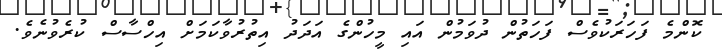
ކޮންމެ ފަހަރަކުވެސް ފަހަތުން ދުވަމުން އައި މީހުންގެ އަދަދު އިތުރުވާކަމަށް އިހްސާސް ކުރެވުނެވެ.